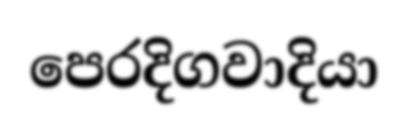
පෙරදිගවාදියා